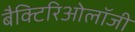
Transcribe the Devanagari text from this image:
बैक्टिरिओलॉजी